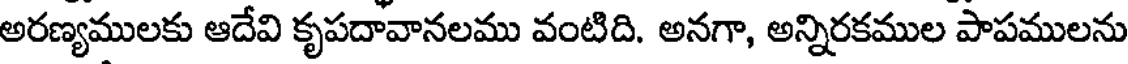
అరణ్యములకు ఆదేవి కృపదావానలము వంటిది. అనగా, అన్నిరకముల పాపములను